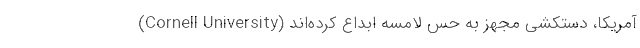
(Cornell University) آمریکا، دستکشی مجهز به حس لامسه ابداع کرده‌اند